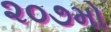
૨૦૭મો